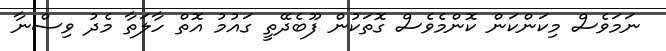
ނަމަވެސް މިކަންކަން ކޮންމެވެސް ގޮތަކުން ފޫބެދޭތީ ގައުމު އޮތް ހާލަތާ މެދު ވިސްނާ